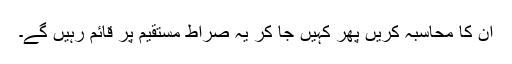
ان کا محاسبہ کریں پھر کہیں جا کر یہ صراط مستقیم پر قائم رہیں گے۔